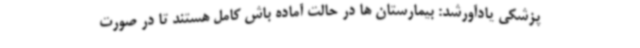
پزشکی یادآورشد: بیمارستان ها در حالت آماده باش کامل هستند تا در صورت